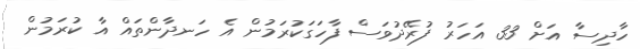
ހާދިސާ އަށް 33 އަހަރު ފުރޭދުވަސް ފާހަގަކުރަމުން އެ ހަނދާންތައް އާ ކުރަމުން